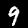
Label: 9